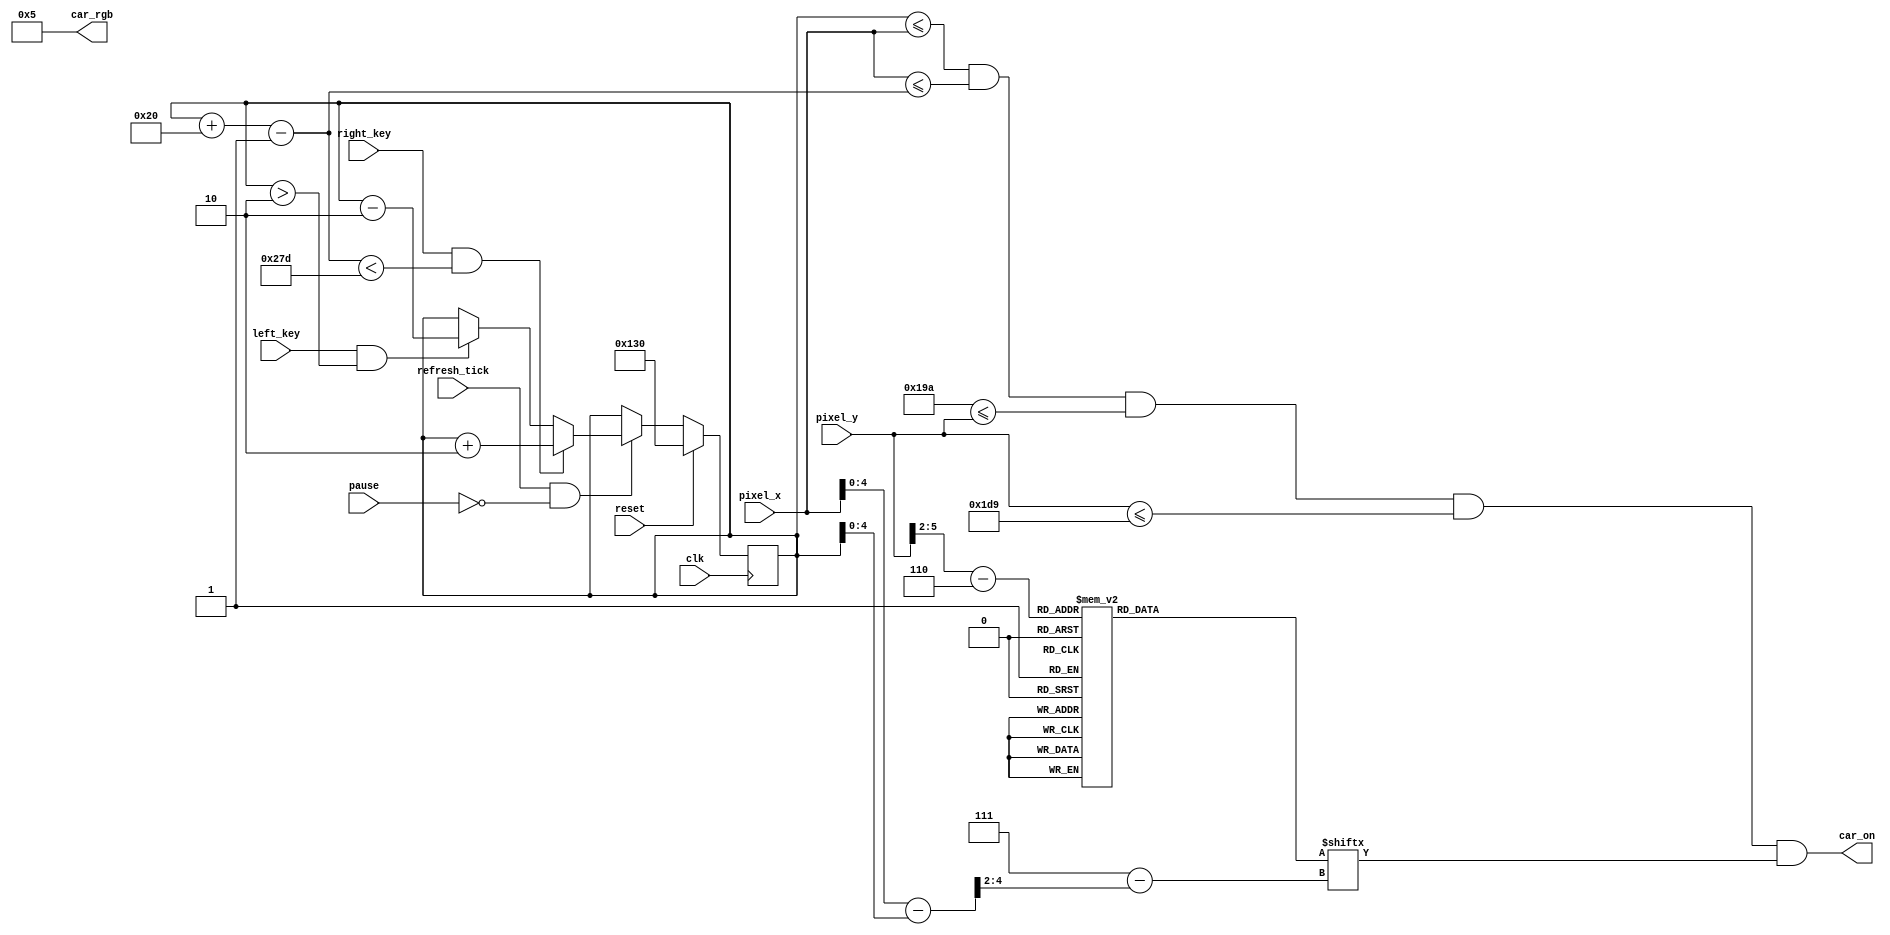
module car(
input wire clk, reset, refresh_tick,
input wire left_key, right_key, pause,
input wire [9:0] pixel_x, pixel_y,
output wire car_on,
output wire [11:0] car_rgb
);

//variables 
//square canvas for the road 
localparam MAX_X = 640;
localparam MAX_Y = 480;
localparam CAR_MAX_X = 32;
localparam CAR_MAX_Y = 64;
localparam car_y_t = 410;
localparam car_y_b = car_y_t + CAR_MAX_Y-1;
localparam CAR_VELOCITY = 3'd02;


wire [3:0] car_rom_addr; //16 lines
wire [2:0] car_rom_col; //8 lines
reg [0:7] car_rom_data; //8 bit data length
wire car_rom_bit, canvas_on;
reg [9:0] car_x_l = 304;
wire [9:0] car_x_r;

assign car_rgb = 12'h005; //car color
assign canvas_on =  (car_x_l<=pixel_x) && (pixel_x<=car_x_r)
                && (car_y_t <= pixel_y) && (pixel_y<=car_y_b);
//Car is 2X the size of bitmap
assign car_rom_addr = pixel_y[5:2] - car_y_t[5:2];
//can't ignore bit 0,1 like the line above
assign car_rom_col = (pixel_x - car_x_l)>>2; 
assign car_rom_bit = car_rom_data[car_rom_col];
assign car_on = canvas_on & car_rom_bit;
assign car_x_r = car_x_l + CAR_MAX_X-1;


//movement
always @(posedge clk)
begin
if (reset)
    begin
    car_x_l <= 304;
    end
else if (refresh_tick & !pause)
    begin
    if (right_key & (car_x_r < (MAX_X-1-CAR_VELOCITY)))
        begin
        car_x_l <= car_x_l + CAR_VELOCITY; // move right
        end
    else if (left_key & (car_x_l > CAR_VELOCITY))
        begin
        car_x_l <= car_x_l - CAR_VELOCITY; // move left 
        end
     end  
       
end

//the car bitmap
always @*
  case(car_rom_addr)
    4'h0: car_rom_data = 8'b00000000; // 0
    4'h1: car_rom_data = 8'b00000000; // 1
    4'h2: car_rom_data = 8'b00000000; // 2
    4'h3: car_rom_data = 8'b00011000; // 3
    4'h4: car_rom_data = 8'b00111100; // 4
    4'h5: car_rom_data = 8'b10111101; // 5
    4'h6: car_rom_data = 8'b11111111; // 6
    4'h7: car_rom_data = 8'b10111101; // 7
    4'h8: car_rom_data = 8'b00111100; // 8
    4'h9: car_rom_data = 8'b00111100; // 9
    4'ha: car_rom_data = 8'b00111100; // a
    4'hb: car_rom_data = 8'b11111111; // b
    4'hc: car_rom_data = 8'b11111111; // c
    4'hd: car_rom_data = 8'b11111111; // d
    4'he: car_rom_data = 8'b00111100; // e
    4'hf: car_rom_data = 8'b00011000; // f
endcase

endmodule